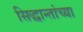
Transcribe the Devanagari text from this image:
सिद्धान्तांच्या